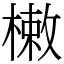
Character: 𣙙